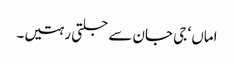
اماں ‘ جی جان سے جلتی رہتیں۔